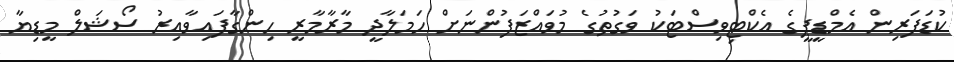
ކުޑަފަރިން އެމްޑީޕީގެ އެކްޓިވިސްޓަކު ވަގުތުގެ މުވައްޒަފުންނަށް ހަމަލާދީ މާރާމާރީ ހިންގާފައިވާއިރު ސޯޝަލް މީޑިޔާ